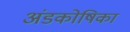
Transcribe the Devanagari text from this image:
अंडकोषिका